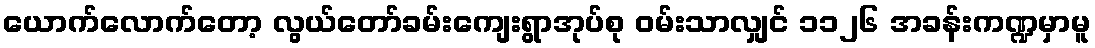
ယောက်လောက်တော့ လွယ်တော်ခမ်းကျေးရွာအုပ်စု ဝမ်းသာလျှင် ၁၁၂၆ အခန်းကဏ္ဍမှာမူ